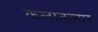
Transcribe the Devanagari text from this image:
कलातल्या